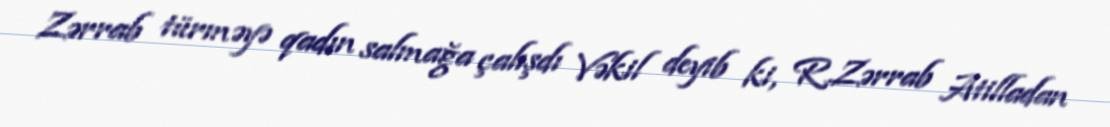
Zərrab türməyə qadın salmağa çalışdı Vəkil deyib ki, R.Zərrab Atilladan